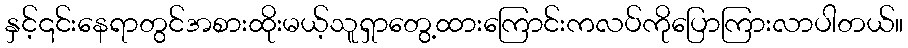
နှင့်၎င်းနေရာတွင်အစားထိုးမယ့်သူရှာတွေ့ထားကြောင်းကလပ်ကိုပြောကြားလာပါတယ်။